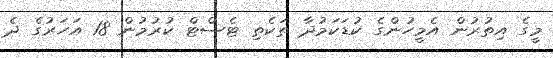
މީގެ އިތުރުން އެމީހުންގެ ކުޑަކަމުދާ ތަކެތި ޓެސްޓް ކުރުމުން 18 އަހަރުގެ ދެ